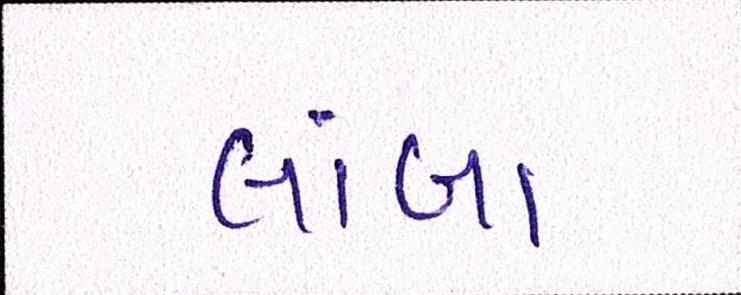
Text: લાંબા